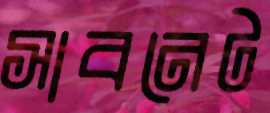
সাবনেট